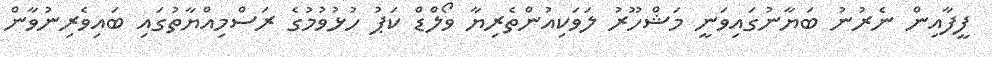
ފީފާއިން ނެރުނު ބަޔާނުގައިވަނީ މަޝްހޫރު ލަވަކިއުންތެރިޔާ ވޯލްޑް ކަޕު ހުޅުވުމުގެ ރަސްމިއްޔާތުގައި ބައިވެރިނުވާން